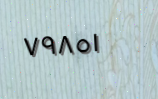
٧٩٨٥١